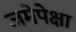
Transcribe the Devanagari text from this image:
जमेपेक्षा